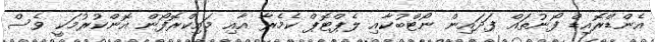
އެންޑްރޮއިޑް ފޯނުތައް ފަދައިން ނޯޓްބުކާއި ލެޕްޓޮޕް ކެމެރާ އާއި މައިކްރޮފޯން އޮންކުރުމަކީ ވެސް